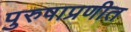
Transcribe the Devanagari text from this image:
पुरुषाप्रणीत